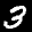
Label: 3